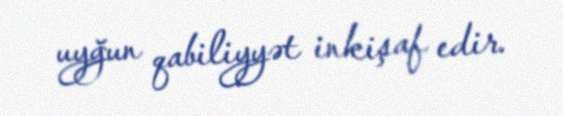
uyğun qabiliyyət inkişaf edir.